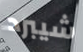
شيبرد